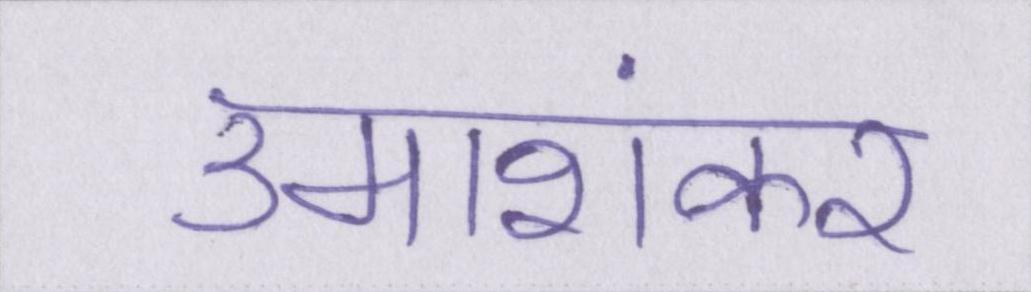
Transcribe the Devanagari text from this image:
उमाशंकर